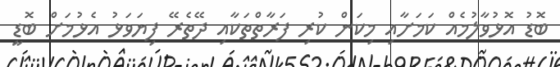
ބޮޑު އޮޅުވާލުމެއް ކަމަށާއި މިކަން ކުރި ފަރާތްތަކާއި ދޭތެރޭ ފިޔަވަޅު އެޅުމަށް ބޮޑީ